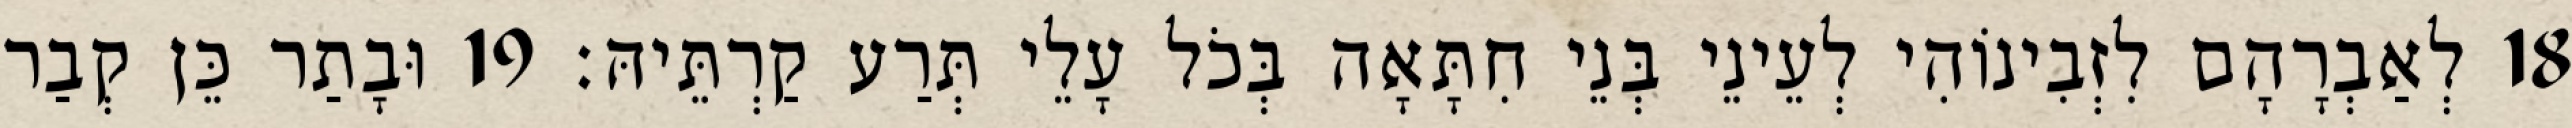
18 לְאַבְרָהָם לִזְבִינוֹהִי לְעֵינֵי בְּנֵי חִתָּאָה בְּכֹל עָלֵי תְּרַע קַרְתֵּיהּ׃ 19 וּבָתַר כֵּן קְבַר